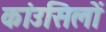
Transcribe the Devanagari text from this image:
कांउसिलों